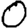
Digit: 0